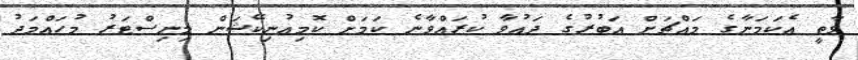
ވާތީ އެކަމަނާގެ މައްޗަށް އަބުރުގެ ދައުވާ ކުރައްވާނެ ކަމަށް ކޮމިއުނިކޭޝަން މިނިސްޓަރު މުހައްމަދު